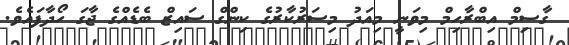
ގާސިމް އިބްރާހިމް މިވަނީ މިއަދު މިސަރުކާރުގެ ކިންގް ސައިޒް ބެޑެއްގެ ޖާގަ ހޯދާފައެެވެ.